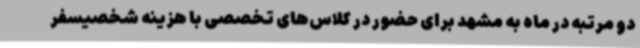
دو مرتبه در ماه به مشهد برای حضور در کلاس‌های تخصصی با هزینه شخصیسفر